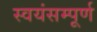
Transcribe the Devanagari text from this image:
स्वयंसम्पूर्ण